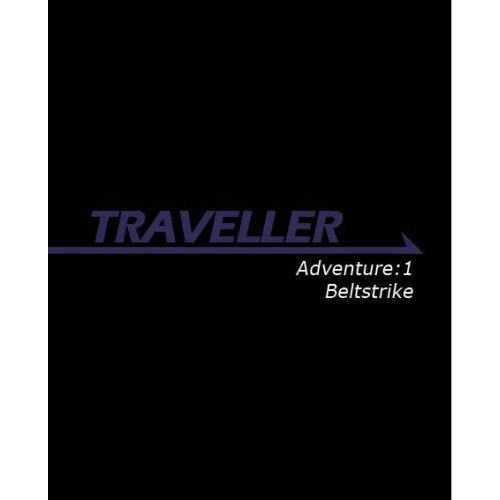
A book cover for Traveller Adventure 1: Beltstrike (Traveller Sci-Fi Roleplaying); Bryan Steele; Science Fiction & Fantasy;